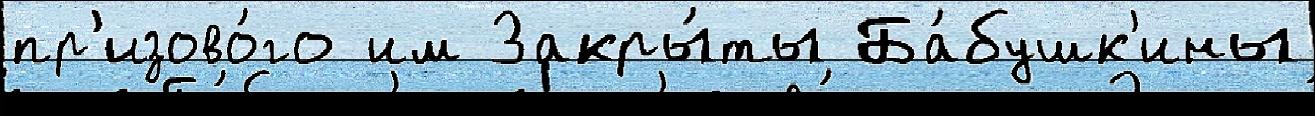
пр'изово́го им Закры́ты Ба́бушк'ины